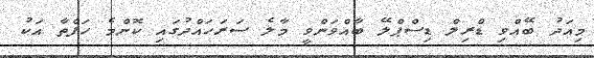
މިއަދު ބޭއްވި ޑްރިލް ޑިސްޕްލޭ ބާއްވަންވީ މާލެ ސަރަހައްދުގައި ކޮންމެ ހަފްތާ އަކު